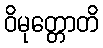
ဝိမုတ္တောတိ